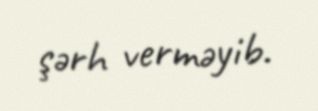
şərh verməyib.